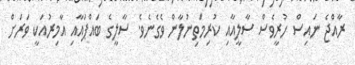
ރާއްޖެ ނައިސް ހުރީވެސް ސާލީއާއި ކުރިމަތިނުލާން ވެގެނެވެ. ސާލީގެ ބައްޕައާއި އާމިރުއަކީ ވަރަށް